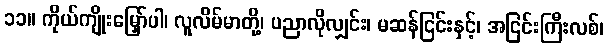
၁၁။ ကိုယ်ကျိုးမြှော်ပါ၊ လူလိမ်မာတို့၊ ပညာလိုလျှင်း၊ မဆန်ငြင်းနှင့်၊ အငြင်းကြီးလစ်၊